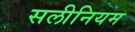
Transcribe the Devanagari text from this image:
सलीनियम